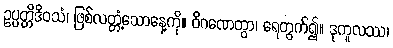
ဥပ္ပတ္တိဒိဝသံ၊ ဖြစ်လတ္တံ့သောနေ့ကို။ ဝိဂဏေတွာ၊ ရေတွက်၍။ ဒုကူလဿ၊